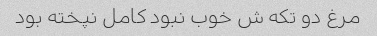
مرغ دو تکه ش خوب نبود کامل نپخته بود